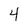
Character: 4